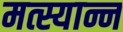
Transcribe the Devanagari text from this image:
मत्स्यान्न